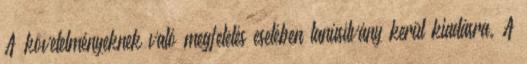
A követelményeknek való megfelelés esetében tanúsítvány kerül kiadásra. A